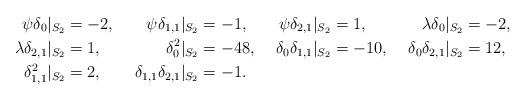
LaTeX: \begin{align*}\psi\delta_0 |_{S_2} &= -2, & \psi\delta_{1,1} |_{S_2} &= -1, & \psi\delta_{2,1} |_{S_2} &= 1, & \lambda \delta_0 |_{S_2} &= -2, \\\lambda\delta_{2,1} |_{S_2} &= 1, & \delta_0^2 |_{S_2} &= -48, & \delta_0\delta_{1,1} |_{S_2} &= -10, & \delta_0\delta_{2,1}|_{S_2} &= 12, \\ \delta_{1,1}^2 |_{S_2} &= 2, & \delta_{1,1} \delta_{2,1} |_{S_2} &= -1. & & \end{align*}